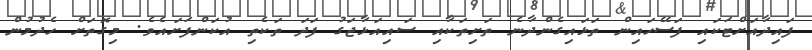
ފައިދާއަށްޓަކައި ފަސޭހައިން ތަޅައިގެންދާނެ ތަށިތަކާއި ސައިއަޅާޖަގު ފަދަ ތަކެތި އުކަންފަށައެވެ. މިގޮތަށް ހެދުމުން